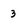
Character: 3